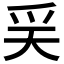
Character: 𤓻